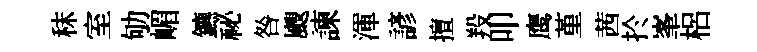
秣室劬嵋鑣祕咎颼諫渾諺擅羖叩鹰堇茜扵峯梠